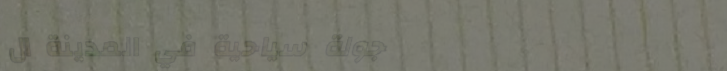
جولة سياحية في المدينة ال